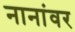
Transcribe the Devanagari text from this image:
नानांवर